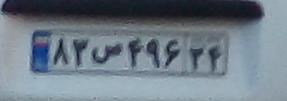
۸۳ص۴۹۶۳۴